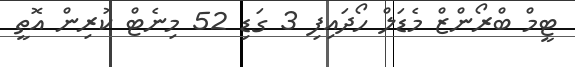
ޓީމް ބްރޯންޒް މެޑަލް ހޯދައިފި 3 ގަޑި 52 މިނެޓް ކުރިން އޮތީ